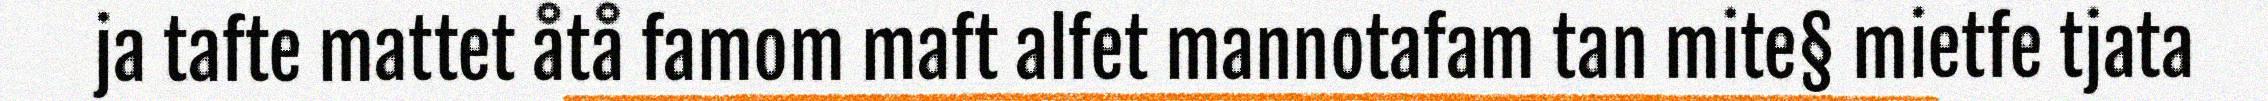
ja tafte mattet åtå famom maft alfet mannotafam tan mite§ mietfe tjata